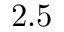
2 . 5